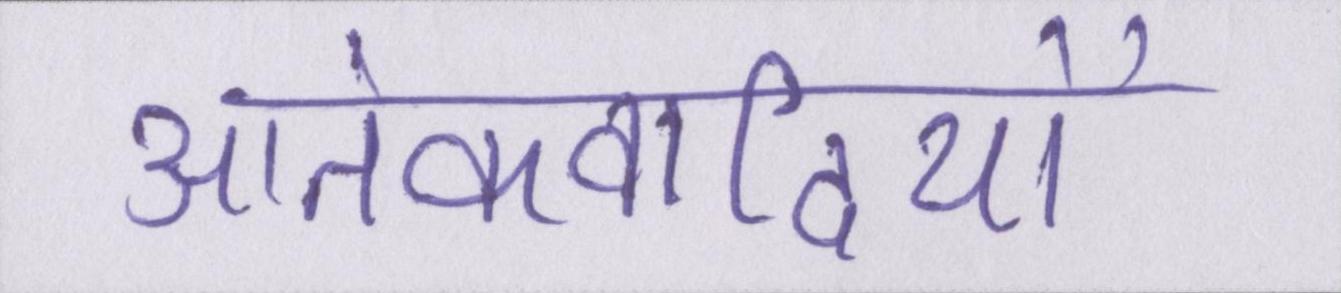
आतंकवादियों